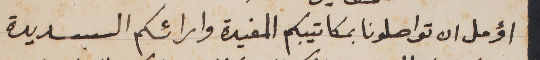
اؤمل ان تواصلونا بمكاتيبكم المفيدة وارائكم السديدة